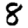
Digit: 8